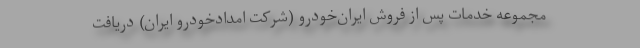
مجموعه خدمات پس از فروش ایران‌خودرو (شرکت امدادخودرو ایران) دریافت